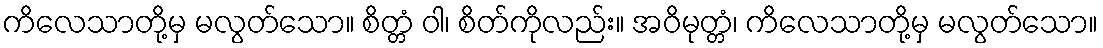
ကိလေသာတို့မှ မလွတ်သော။ စိတ္တံ ဝါ၊ စိတ်ကိုလည်း။ အဝိမုတ္တံ၊ ကိလေသာတို့မှ မလွတ်သော။